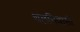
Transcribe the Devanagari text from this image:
थलनिवासी